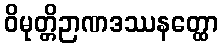
ဝိမုတ္တိဉာဏဒဿနတ္ထော